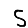
Digit: 5